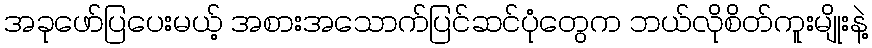
အခုဖော်ပြပေးမယ့် အစားအသောက်ပြင်ဆင်ပုံတွေက ဘယ်လိုစိတ်ကူးမျိုးနဲ့